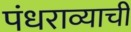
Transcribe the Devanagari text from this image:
पंधराव्याची